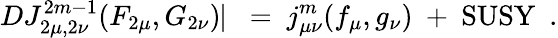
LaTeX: DJ_{2\mu,2\nu}^{2m-1}(F_{2\mu},G_{2\nu})\! \! \mid\ =\ j_{\mu\nu}^{m}(f_{\mu},g_{\nu})\ +\ \mathrm{SUSY}\ \ .